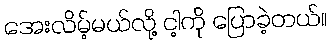
အေးလိမ့်မယ်လို့ ငါ့ကို ပြောခဲ့တယ်။